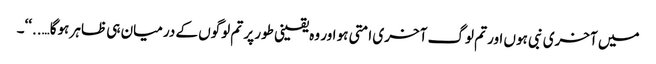
میں آخری نبی ہوں اور تم لوگ آخری امتی ہو اور وہ یقینی طور پر تم لوگوں کے درمیان ہی ظاہر ہوگا…..‘‘۔